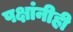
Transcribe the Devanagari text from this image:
पक्षांनीही